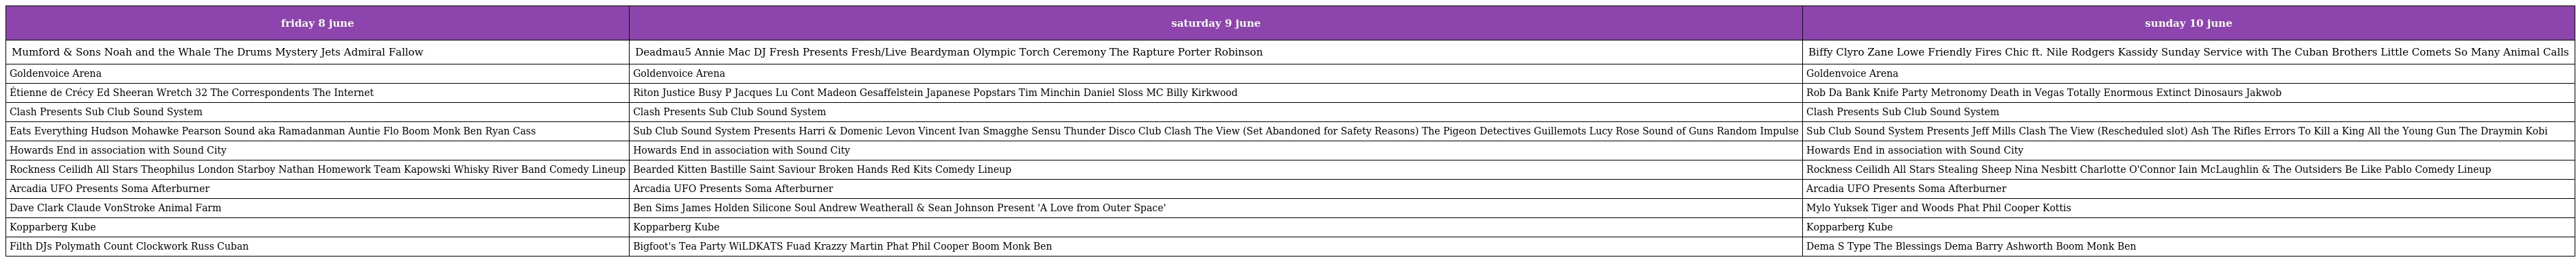
| friday 8 june | saturday 9 june | sunday 10 june |
 | --- | --- | --- |
 | Mumford & Sons Noah and the Whale The Drums Mystery Jets Admiral Fallow | Deadmau5 Annie Mac DJ Fresh Presents Fresh/Live Beardyman Olympic Torch Ceremony The Rapture Porter Robinson | Biffy Clyro Zane Lowe Friendly Fires Chic ft. Nile Rodgers Kassidy Sunday Service with The Cuban Brothers Little Comets So Many Animal Calls |
 | Goldenvoice Arena | Goldenvoice Arena | Goldenvoice Arena |
 | Étienne de Crécy Ed Sheeran Wretch 32 The Correspondents The Internet | Riton Justice Busy P Jacques Lu Cont Madeon Gesaffelstein Japanese Popstars Tim Minchin Daniel Sloss MC Billy Kirkwood | Rob Da Bank Knife Party Metronomy Death in Vegas Totally Enormous Extinct Dinosaurs Jakwob |
 | Clash Presents Sub Club Sound System | Clash Presents Sub Club Sound System | Clash Presents Sub Club Sound System |
 | Eats Everything Hudson Mohawke Pearson Sound aka Ramadanman Auntie Flo Boom Monk Ben Ryan Cass | Sub Club Sound System Presents Harri & Domenic Levon Vincent Ivan Smagghe Sensu Thunder Disco Club Clash The View (Set Abandoned for Safety Reasons) The Pigeon Detectives Guillemots Lucy Rose Sound of Guns Random Impulse | Sub Club Sound System Presents Jeff Mills Clash The View (Rescheduled slot) Ash The Rifles Errors To Kill a King All the Young Gun The Draymin Kobi |
 | Howards End in association with Sound City | Howards End in association with Sound City | Howards End in association with Sound City |
 | Rockness Ceilidh All Stars Theophilus London Starboy Nathan Homework Team Kapowski Whisky River Band Comedy Lineup | Bearded Kitten Bastille Saint Saviour Broken Hands Red Kits Comedy Lineup | Rockness Ceilidh All Stars Stealing Sheep Nina Nesbitt Charlotte O'Connor Iain McLaughlin & The Outsiders Be Like Pablo Comedy Lineup |
 | Arcadia UFO Presents Soma Afterburner | Arcadia UFO Presents Soma Afterburner | Arcadia UFO Presents Soma Afterburner |
 | Dave Clark Claude VonStroke Animal Farm | Ben Sims James Holden Silicone Soul Andrew Weatherall & Sean Johnson Present 'A Love from Outer Space' | Mylo Yuksek Tiger and Woods Phat Phil Cooper Kottis |
 | Kopparberg Kube | Kopparberg Kube | Kopparberg Kube |
 | Filth DJs Polymath Count Clockwork Russ Cuban | Bigfoot's Tea Party WiLDKATS Fuad Krazzy Martin Phat Phil Cooper Boom Monk Ben | Dema S Type The Blessings Dema Barry Ashworth Boom Monk Ben |